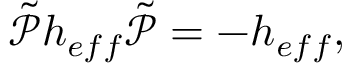
\begin{array} { r } { \Tilde { \mathcal P } h _ { e f f } \Tilde { \mathcal P } = - h _ { e f f } , } \end{array}